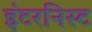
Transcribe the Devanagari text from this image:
इंटरनिस्ट